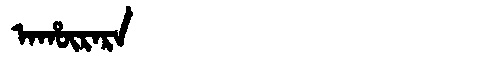
Manchu: ᠠᡥᡡᡵᠠᡵᠠ
Romanization: AHŪRARA